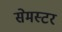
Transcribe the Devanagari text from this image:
सेमस्टर